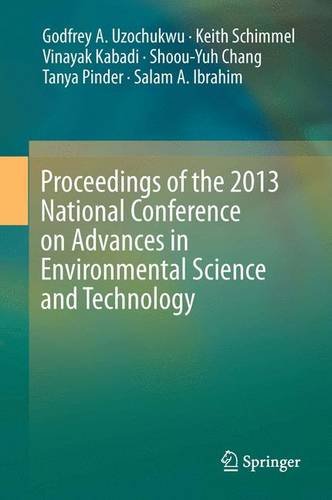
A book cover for Proceedings of the 2013 National Conference on Advances in Environmental Science and Technology; Science & Math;